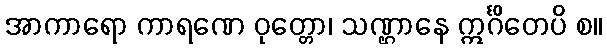
အာကာရော ကာရဏေ ဝုတ္တော၊ သဏ္ဌာနေ ဣင်္ဂိတေပိ စ။